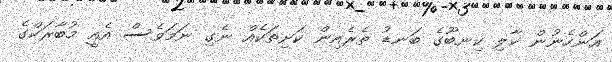
އަންހެނުން ކާލި ކިނބޫގެ ބަނޑު ތެރެއިން ކަށިތަކެއް ނެގި ނަމަވެސް އެއީ މުބާރަކްގެ